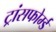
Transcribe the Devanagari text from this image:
ट्रांसफोर्म्ड